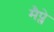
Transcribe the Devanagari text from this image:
मैप्ले